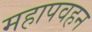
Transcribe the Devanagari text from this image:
महापवहन